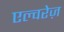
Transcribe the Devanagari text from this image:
एल्वरेज़